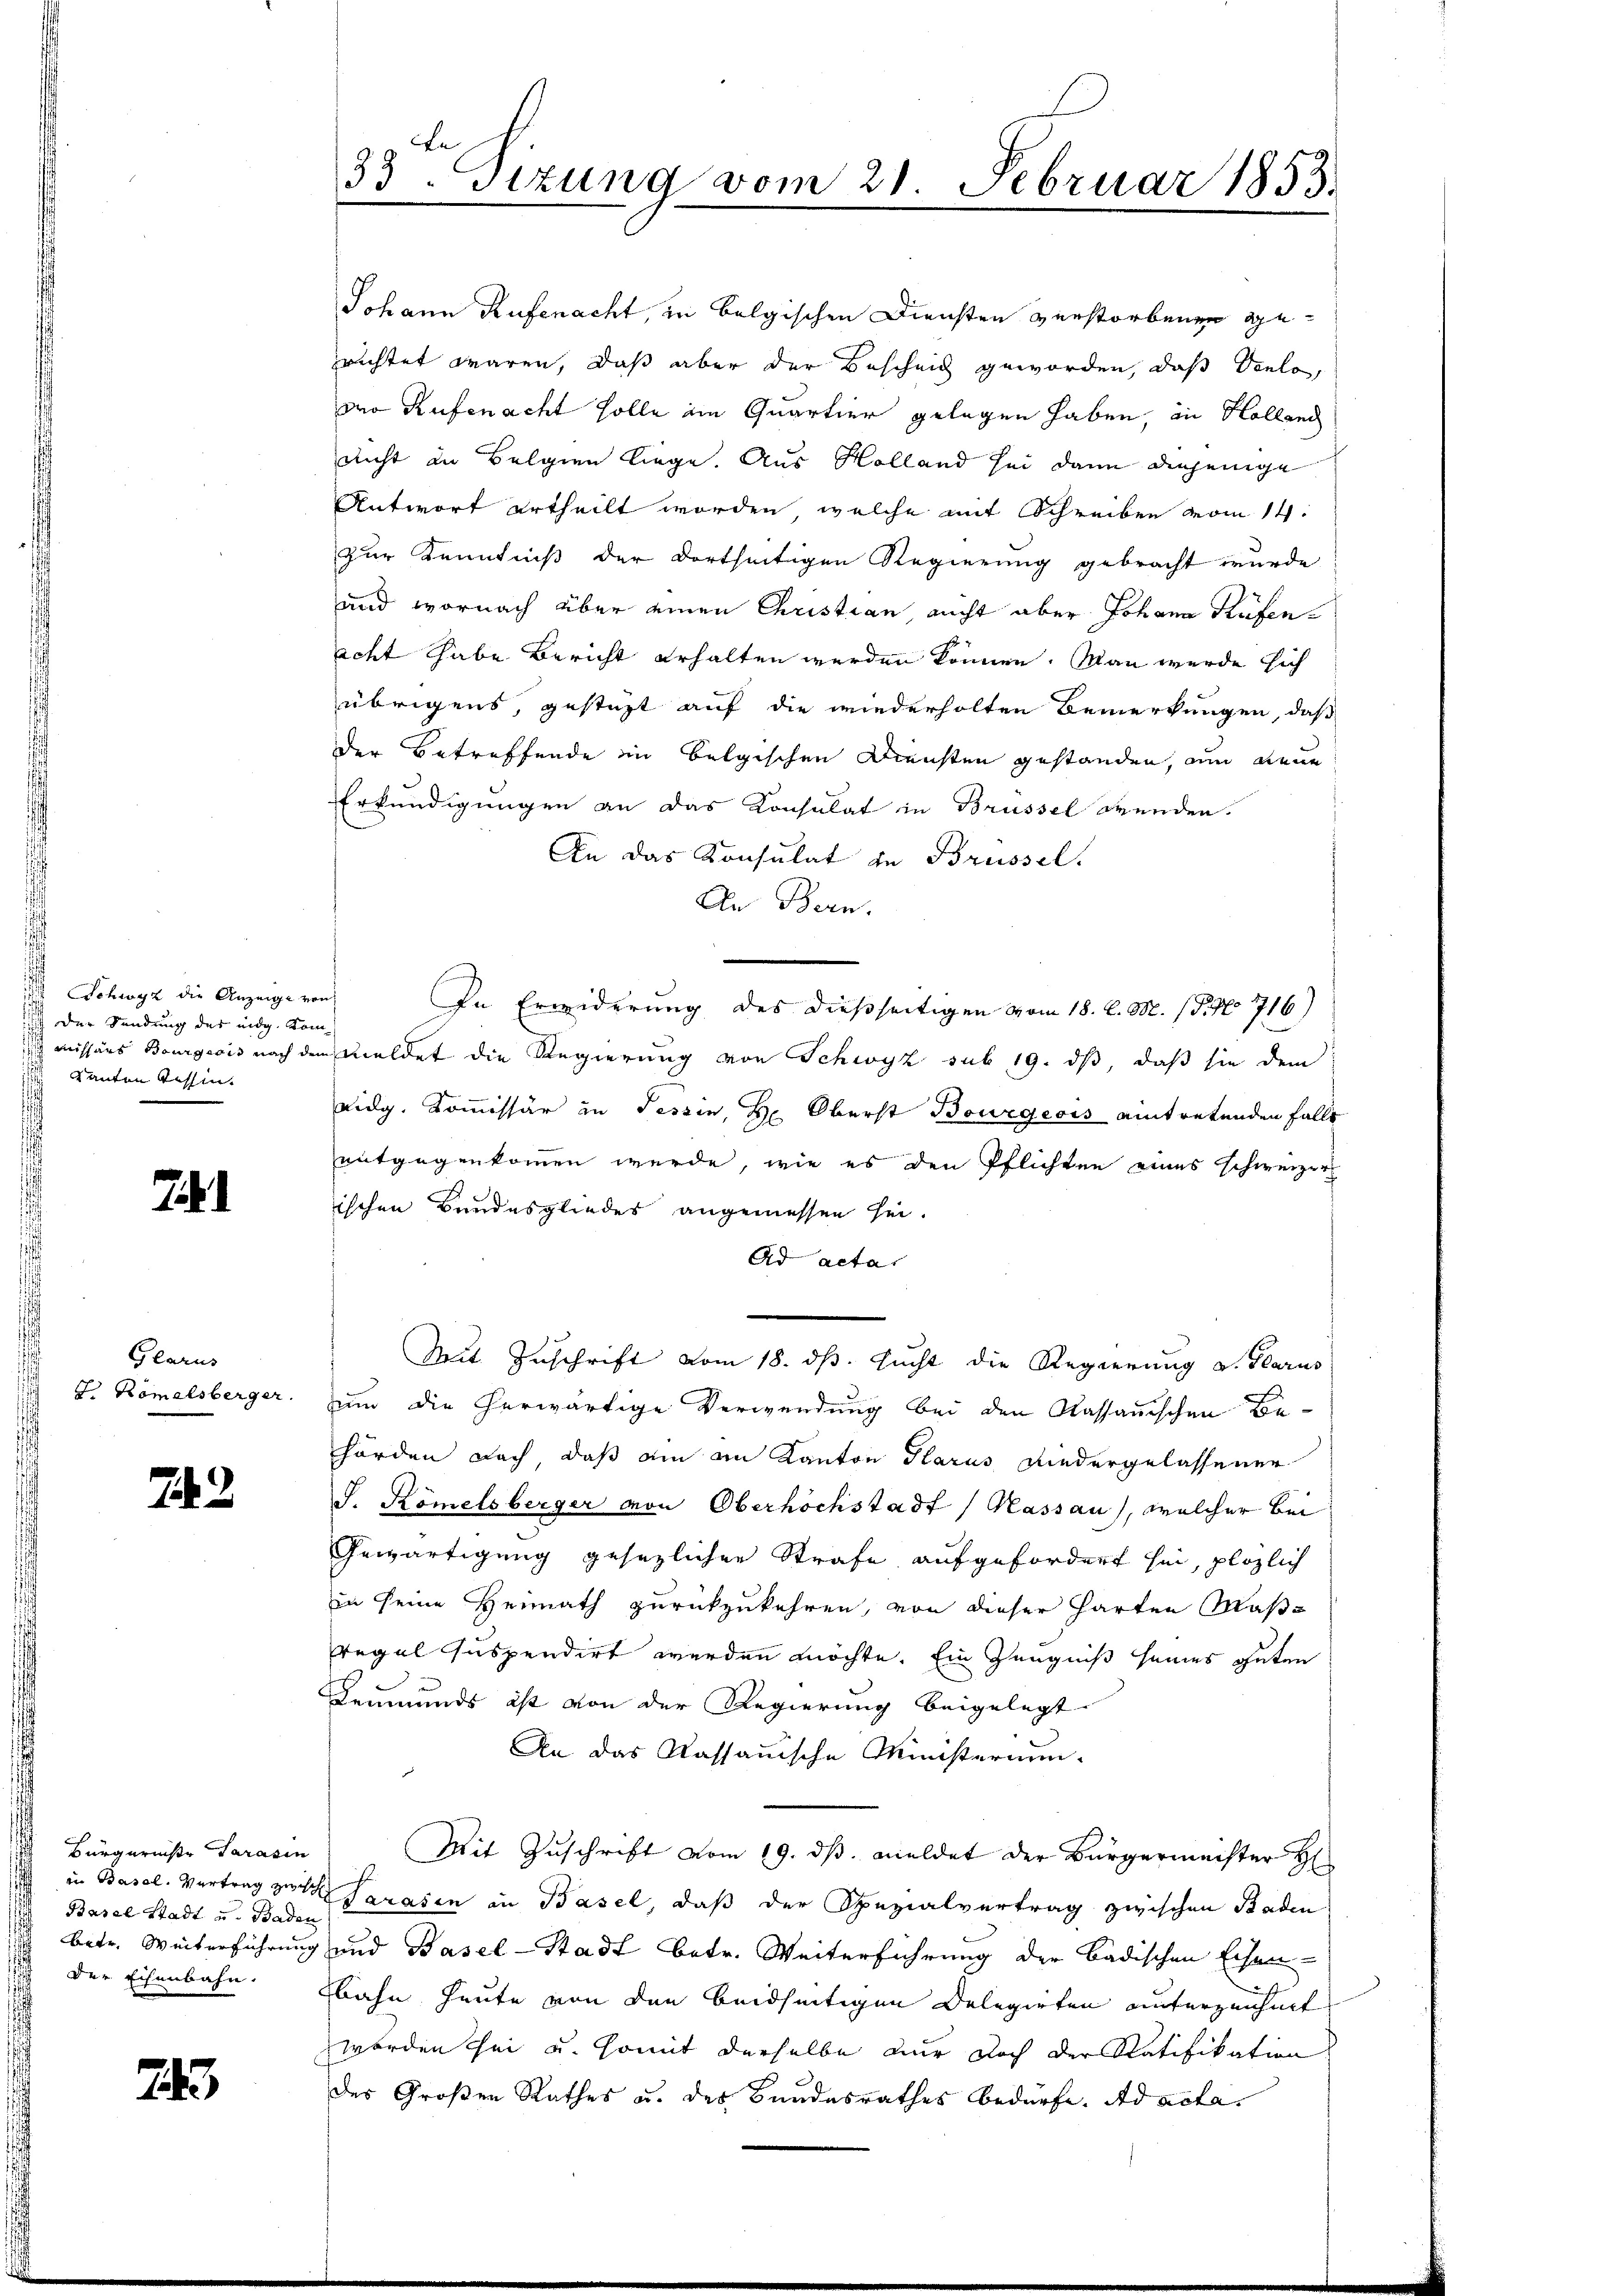
der Sendung der eidg. Koms
Kanton Tessin.

71

Glarus
J. Römelsberger.

2.2.

Bürgerniste Sarasin
d
Basel Stadt u. Baden
 Der Eisenbahn.

743

a
33. Sizung vom 21. Februar 1853.

Johann Rufenacht, in belgischen Diensten verstorbenen gerichtet waren, daß aber der Bescheich geworden, daß Verlo
Der Rufenacht solle im Quartier gelegen haben, in Holland
nicht an Belgien liege. Aus Holland sei dann diejenige
Antwort ertheilt worden, welche mit Schreiben vom 14.
zur Kenntniß der dortseitigen Regierung gebracht wurde
und wornach über einen Christian, nicht aber Johann Rufenacht habe Bericht erhalten werden können. Man werde sich
übrigens, gesteht auf die wiederholten Bemerkungen, daß
der Betreffende in belgischen Diensten gestanden, um neue
Erkundigungen an das Konsulat in Brüssel Grunden.
An das Konsulat in Brüssel.
An Bern.
 Schwyz die Anzeigeren In Erwiderung des dießseitigen vom 18. d. M. (T. No 716)
 missars Bourgeois nach dem meldet die Regierung von Schwyz sub 19. ds, daß sie dem
Lidg. Kommissär in Tessin, Hr. Oberst Bourgeois eintretenden Falls
entgegenkommen werde, wie es den Pflichten eines schweizer
ischen Bandesgliedes angemessen sei.
Ad acta
.
Mit Zuschrift vom 18. ds. sucht die Regierung v. Glarus
zum die herwärtige Verwendung bei den Kassauischen Behörden nach das ain am Kanton Glarus Niedergelassener
S. Kömelsberger von Oberhöchstadt (Kassau), welcher bei
Gewärtigung gesezlichen Strafe aufgefordert sei, plözlich
in seine Heimath zurückzukehren, von dieser harten Maß¬
Regel suspendirt werden möchte. Ein Zeugniß seines guten
Leumunds ist von der Regierung beigelegt
An das Kassauische Ministerium.
Mit Zuschrift vom 19. ds. meldet der Bürgermachter H
in Basel. Vertrag zu Sarasen in Basel, daß der Spezialvertrag zwischen Baden
betr. Weiterführung und Basel-Stadt betr. Weiterführung der Badischen Eisen-
bahn heute von den beidseitigen Delegirten unterzeichnet
worden sei u. somit derselbe nur doch der Ratifikation
des Großen Rathes u. des Bundesrathes bedürfe. Ad acta.